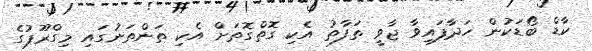
ކާޑް ބޯޑަކުން ހަދާފައިވާ ޖާވީ ތަފާތު އެކި ގޮތްގޮތަށް އެކި ތަންތަނުގައި މިގްރޫޕުގެ